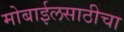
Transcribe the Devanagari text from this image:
मोबाईलसाठीचा